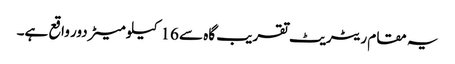
یہ مقام ریٹریٹ تقریب گاہ سے 16 کیلو میٹر دور واقع ہے۔